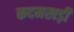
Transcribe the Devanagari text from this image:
कदमखड़ी